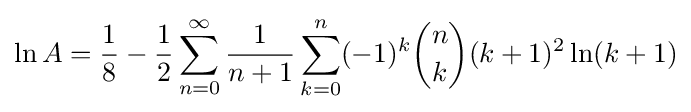
\ln A={\frac {1}{8}}-{\frac {1}{2}}\sum _{n=0}^{\infty }{\frac {1}{n+1}}\sum _{k=0}^{n}(-1)^{k}{\binom {n}{k}}(k+1)^{2}\ln(k+1)